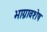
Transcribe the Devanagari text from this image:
भाग्नावशेष